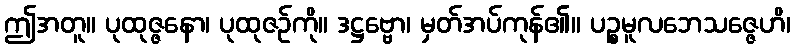
ဤအတူ။ ပုထုဇ္ဇနော၊ ပုထုဇဉ်ကို။ ဒဋ္ဌဗ္ဗော၊ မှတ်အပ်ကုန်၏။ ပဉ္စမူလဘေသဇ္ဇေဟိ၊